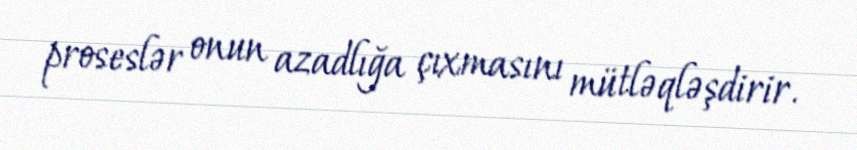
proseslər onun azadlığa çıxmasını mütləqləşdirir.